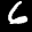
Digit: 6